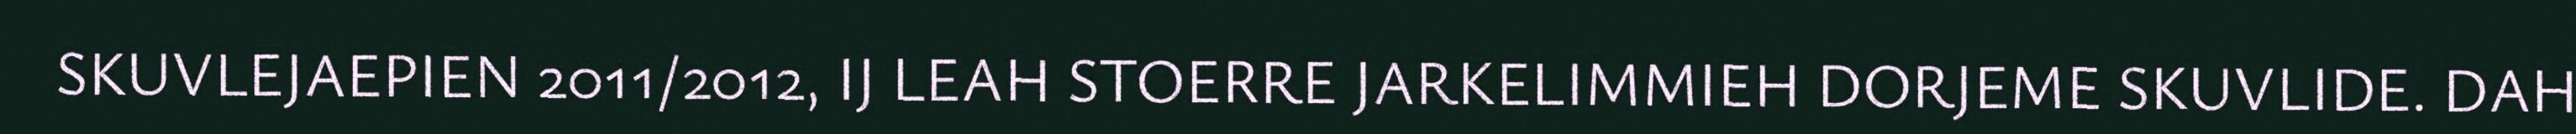
SKUVLEJAEPIEN 2011/2012, IJ LEAH STOERRE JARKELIMMIEH DORJEME SKUVLIDE. DAH